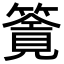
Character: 𥳸